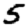
Digit: 5